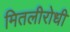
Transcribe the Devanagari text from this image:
मितलीरोधी